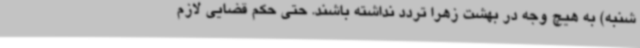
شنبه) به هیچ وجه در بهشت زهرا تردد نداشته باشند. حتی حکم قضایی لازم